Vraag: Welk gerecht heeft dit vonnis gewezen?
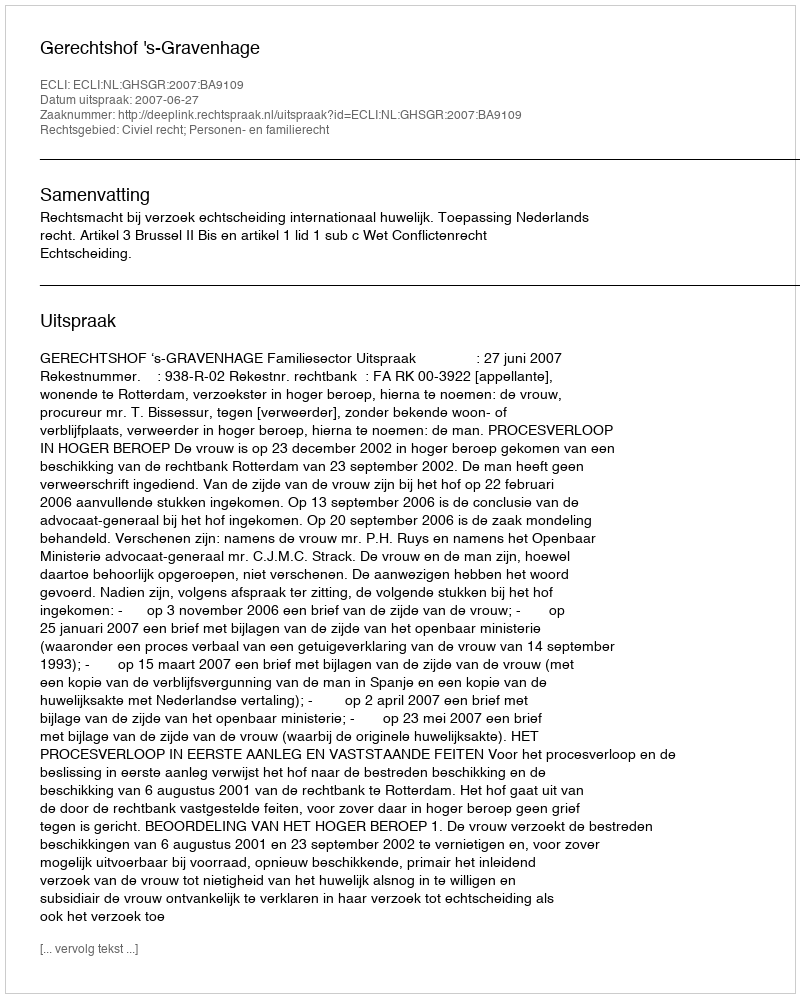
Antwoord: Gerechtshof 's-Gravenhage